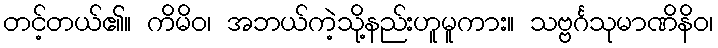
တင့်တယ်၏။ ကိမိဝ၊ အဘယ်ကဲ့သို့နည်းဟူမူကား။ သဗ္ဗင်္ဂသုမာဏိနိဝ၊